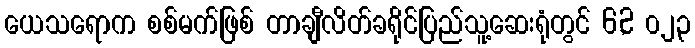
ယေသရောက စစ်မက်ဖြစ် တာချီလိတ်ခရိုင်ပြည်သူ့ဆေးရုံတွင် 6,2 ၀၂၃